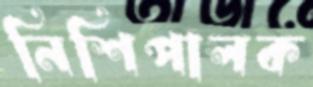
নিশিপালক